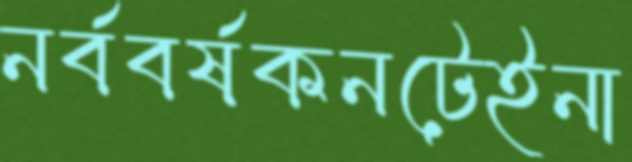
নর্ববর্ষকনটেইনা